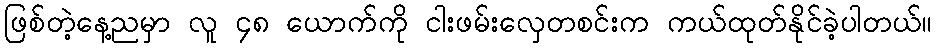
ဖြစ်တဲ့နေ့ညမှာ လူ ၄၈ ယောက်ကို ငါးဖမ်းလှေတစင်းက ကယ်ထုတ်နိုင်ခဲ့ပါတယ်။